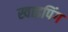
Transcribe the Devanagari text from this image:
स्वाइपिंग